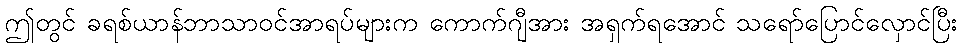
ဤတွင် ခရစ်ယာန်ဘာသာဝင်အာရပ်များက ကောက်ဂျီအား အရှက်ရအောင် သရော်ပြောင်လှောင်ပြီး